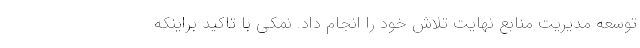
توسعه مدیریت منابع نهایت تلاش خود را انجام داد. نمکی با تاکید براینکه